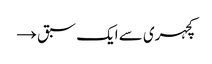
کچہری سے ایک سبق →